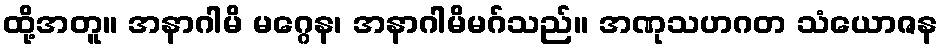
ထို့အတူ။ အနာဂါမိ မဂ္ဂေန၊ အနာဂါမိမဂ်သည်။ အဏုသဟဂတ သံယောဇန